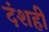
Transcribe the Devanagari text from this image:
दंशही